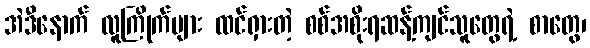
အဲဒီနောက် လူကြိုက်များ ထင်ရှားတဲ့ စစ်အစိုးရဆန့်ကျင်သူတွေရဲ့ စာတွေ၊